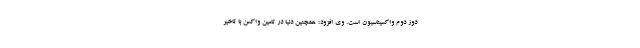
دوز دوم واکسیناسیون است. وی افزود: همچنین دنیا در تامین واکسن با تاخیر